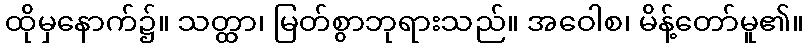
ထိုမှနောက်၌။ သတ္ထာ၊ မြတ်စွာဘုရားသည်။ အဝေါစ၊ မိန့်တော်မူ၏။